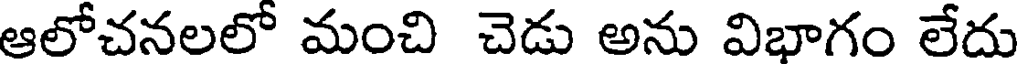
ఆలోచనలలో మంచి చెడు అను విభాగం లేదు